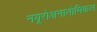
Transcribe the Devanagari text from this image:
नयूरोअनातोमिकल